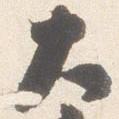
大